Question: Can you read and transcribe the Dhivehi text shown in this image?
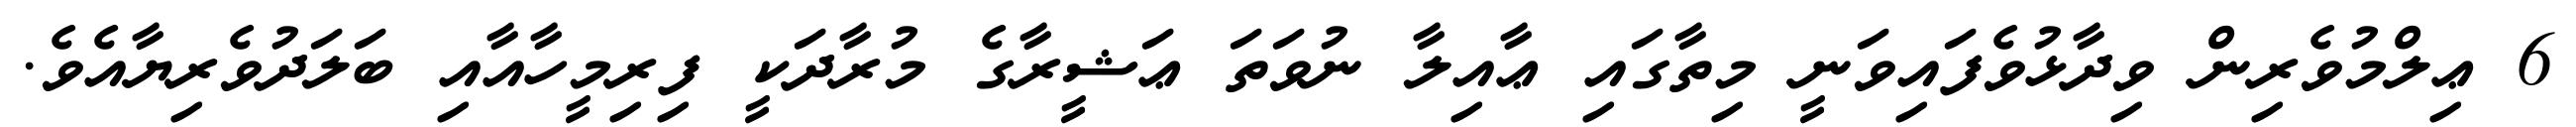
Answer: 6 ޢިލްމުވެރިން ވިދާޅުވެފައިވަނީ މިތާގައި ޢާއިލާ ނުވަތަ ޢަޝީރާގެ މުރާދަކީ ފިރިމީހާއާއި ބަލަދުވެރިޔާއެވެ.